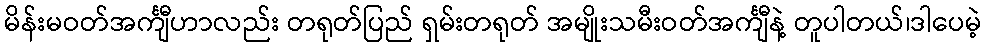
မိန်းမဝတ်အင်္ကျီဟာလည်း တရုတ်ပြည် ရှမ်းတရုတ် အမျိုးသမီးဝတ်အင်္ကျီနဲ့ တူပါတယ်၊ဒါပေမဲ့